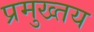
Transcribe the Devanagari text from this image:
प्रमुख्तय